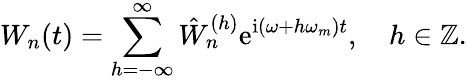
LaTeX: W_{n}(t)=\sum_{h=-\infty}^{\infty}\hat{W}_{n}^{(h)}\mathrm{e}^{\mathrm{i}(\omega+h\omega_{m})t},\quad h\in\mathbb{Z}.